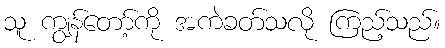
သူ ကျွန်တော့်ကို အကဲခတ်သလို ကြည့်သည်။